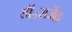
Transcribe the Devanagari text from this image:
डॉ॰राजेंद्र